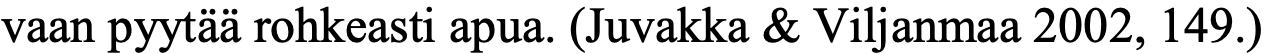
vaan pyytää rohkeasti apua. (Juvakka & Viljanmaa 2002, 149.)